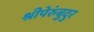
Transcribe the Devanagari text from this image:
श्रीपेरुंबुदुर